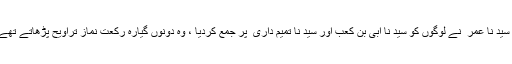
” سید نا عمر ؓ نے لوگوں کو سید نا ابی بن کعب اور سید نا تمیم داری ؓ پر جمع کردیا ، وہ دونوں گیارہ رکعت نمازِ تراویح پڑھاتے تھے۔